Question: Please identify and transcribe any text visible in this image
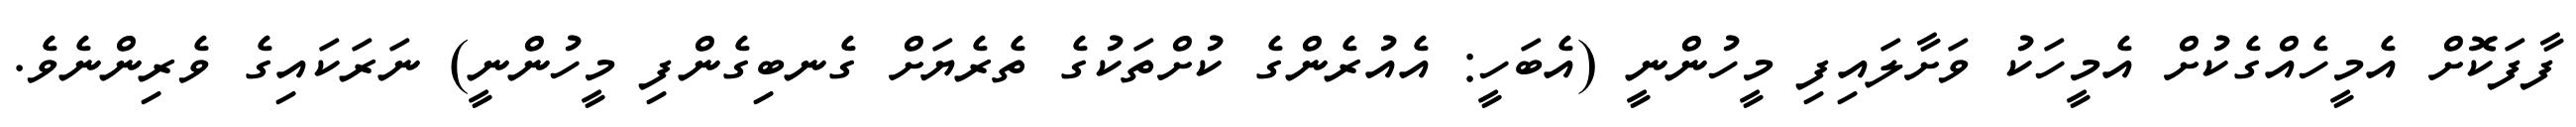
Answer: ފާފަކޮށް އެމީހެއްގެކުށް އެމީހަކު ވަށާލައިފި މީހުންނީ (އެބަހީ: އެއުރެންގެ ކުށްތަކުގެ ތެރެޔަށް ގެނބިގެންފި މީހުންނީ) ނަރަކައިގެ ވެރިންނެވެ.